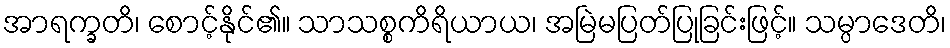
အာရက္ခတိ၊ စောင့်နိုင်၏။ သာသစ္စကိရိယာယ၊ အမြဲမပြတ်ပြုခြင်းဖြင့်။ သမ္ပာဒေတိ၊